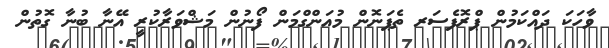
ވާހަކަ ދައްކަމުން ޕްރޮފެސަރ ތެޕަނޮން މުއަންގްމަން ފޯނުން މަޝްވަރާކުރީ އޭނާ ބުނާ ގޮތުން